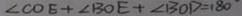
\angle C O E + \angle B O E + \angle B O D = 1 8 0 ^ { \circ }